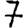
Digit: 7